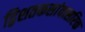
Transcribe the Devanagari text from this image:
द्विशतकसांवत्सरिक